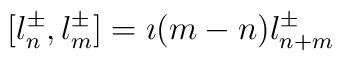
[l^\pm_n,l^\pm_m]=\imath (m-n)l^\pm_{n+m}~~